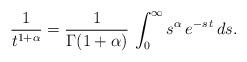
LaTeX: \begin{align*}\frac{1}{t^{1+\alpha}} = \frac{1}{\Gamma(1+\alpha)}\,\int_0^{\infty}s^{\alpha}\,e^{-s\,t}\,ds.\end{align*}